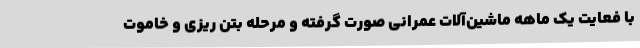
با فعایت یک ماهه ماشین‌آلات عمرانی صورت گرفته و مرحله بتن ریزی و خاموت